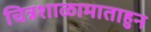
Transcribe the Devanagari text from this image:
चित्रशाळामाताहुन